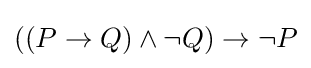
((P\to Q)\land \neg Q)\to \neg P